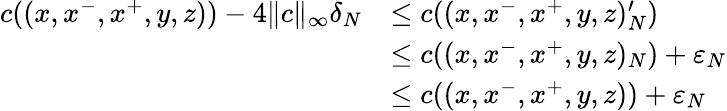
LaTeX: \begin{array}{rl}{c((x,x^{-},x^{+},y,z))-4\| c\| _{\infty}\delta_{N}}&{\leq c((x,x^{-},x^{+},y,z)_{N}^{\prime})}\\ &{\leq c((x,x^{-},x^{+},y,z)_{N})+\varepsilon_{N}}\\ &{\leq c((x,x^{-},x^{+},y,z))+\varepsilon_{N}}\end{array}